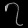
Digit: ၇